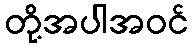
တို့အပါအဝင်